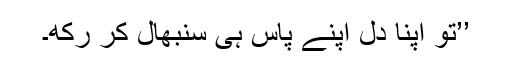
’’تو اپنا دل اپنے پاس ہی سنبھال کر رکھ۔